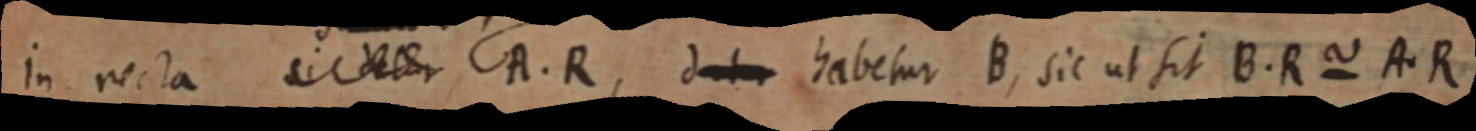
in recta si detur A. R, datur habetur B, sic ut sit B. R ~ A. R